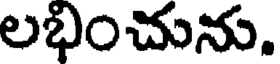
లభించును.